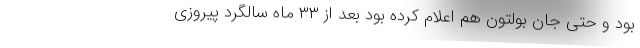
بود و حتی جان بولتون هم اعلام کرده بود بعد از ۳۳ ماه سالگرد پیروزی